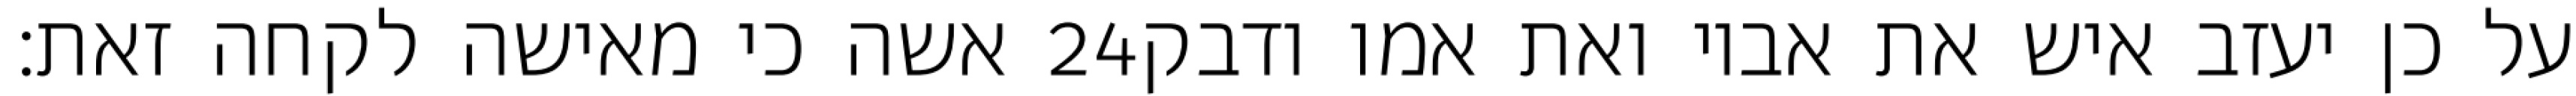
אשה כי מאישה לקחה זאת׃ ‎24‏ על כן יעזב איש את אביו ואת אמו ודבק